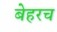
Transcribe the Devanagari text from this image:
बेहरच